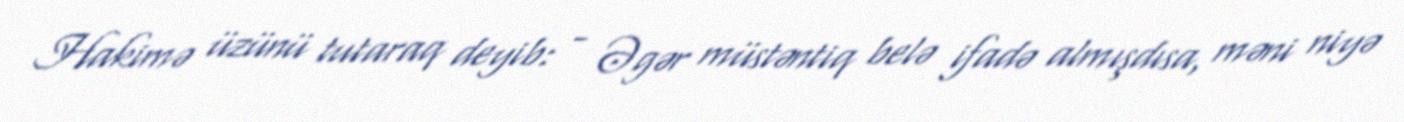
Hakimə üzünü tutaraq deyib: - Əgər müstəntiq belə ifadə almışdısa, məni niyə